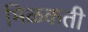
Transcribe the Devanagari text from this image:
मिळकती